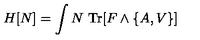
H [ N ] = \int N \ \mathrm { T r } [ F \wedge \{ A , V \} ]